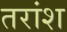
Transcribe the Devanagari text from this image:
तरांश